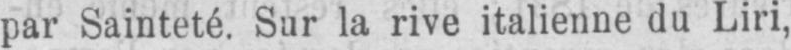
par Sainteté. Sur la rive italienne du Liri,